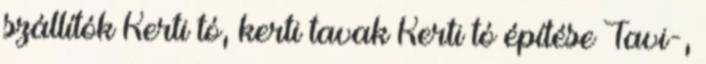
szállítók Kerti tó, kerti tavak Kerti tó építése Tavi-,